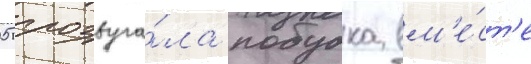
05 прозвуча́ла побудка вм'е́ст'е